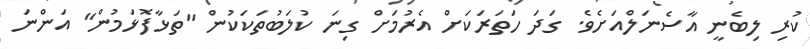
ކުރި ލިބެނީ އާސެނަލްއަށެވެ. ގަދަ ހަތަރަކަށް އެރުމަށް ގިނަ ކުލަބުތަކަކުން "ތަޅާފޮޅަމުން" އަންނަ